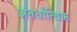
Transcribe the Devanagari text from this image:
अंतर्धात्विक